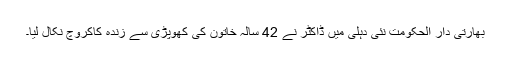
بھارتی دار الحکومت نئی دہلی میں ڈاکٹر نے 42 سالہ خاتون کی کھوپڑی سے زندہ کاکروچ نکال لیا۔